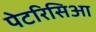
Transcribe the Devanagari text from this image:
पेटरिसिआ